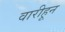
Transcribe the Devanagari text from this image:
वारीहून